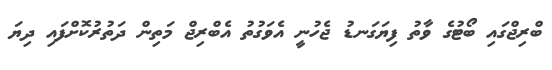
ބްރިޖްގައި ބޯޓުގެ ވާތު ފިޔަގަނޑު ޖެހުނީ އެވަގުތު އެބްރިޖް މަތިން ދަތުރުކޮށްފައި ދިޔަ